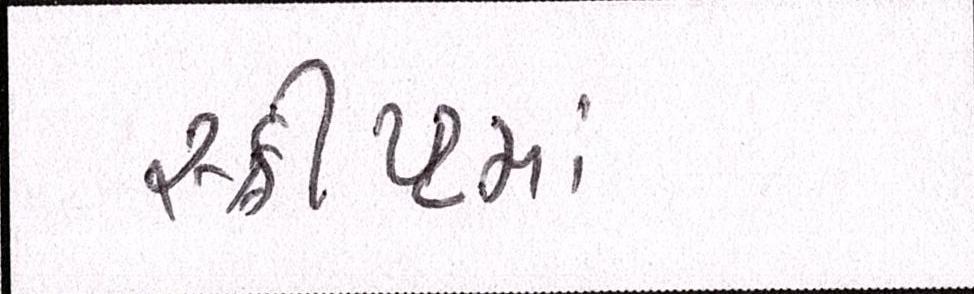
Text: સ્ક્રીપ્ટમાં